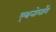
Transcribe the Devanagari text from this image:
एथनोलॉग